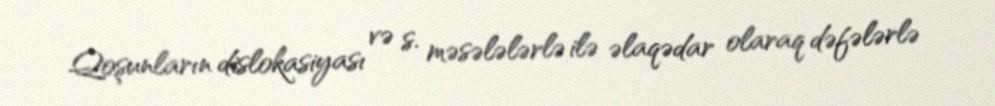
Qoşunların dislokasiyası və s. məsələlərlə ilə əlaqədar olaraq dəfələrlə